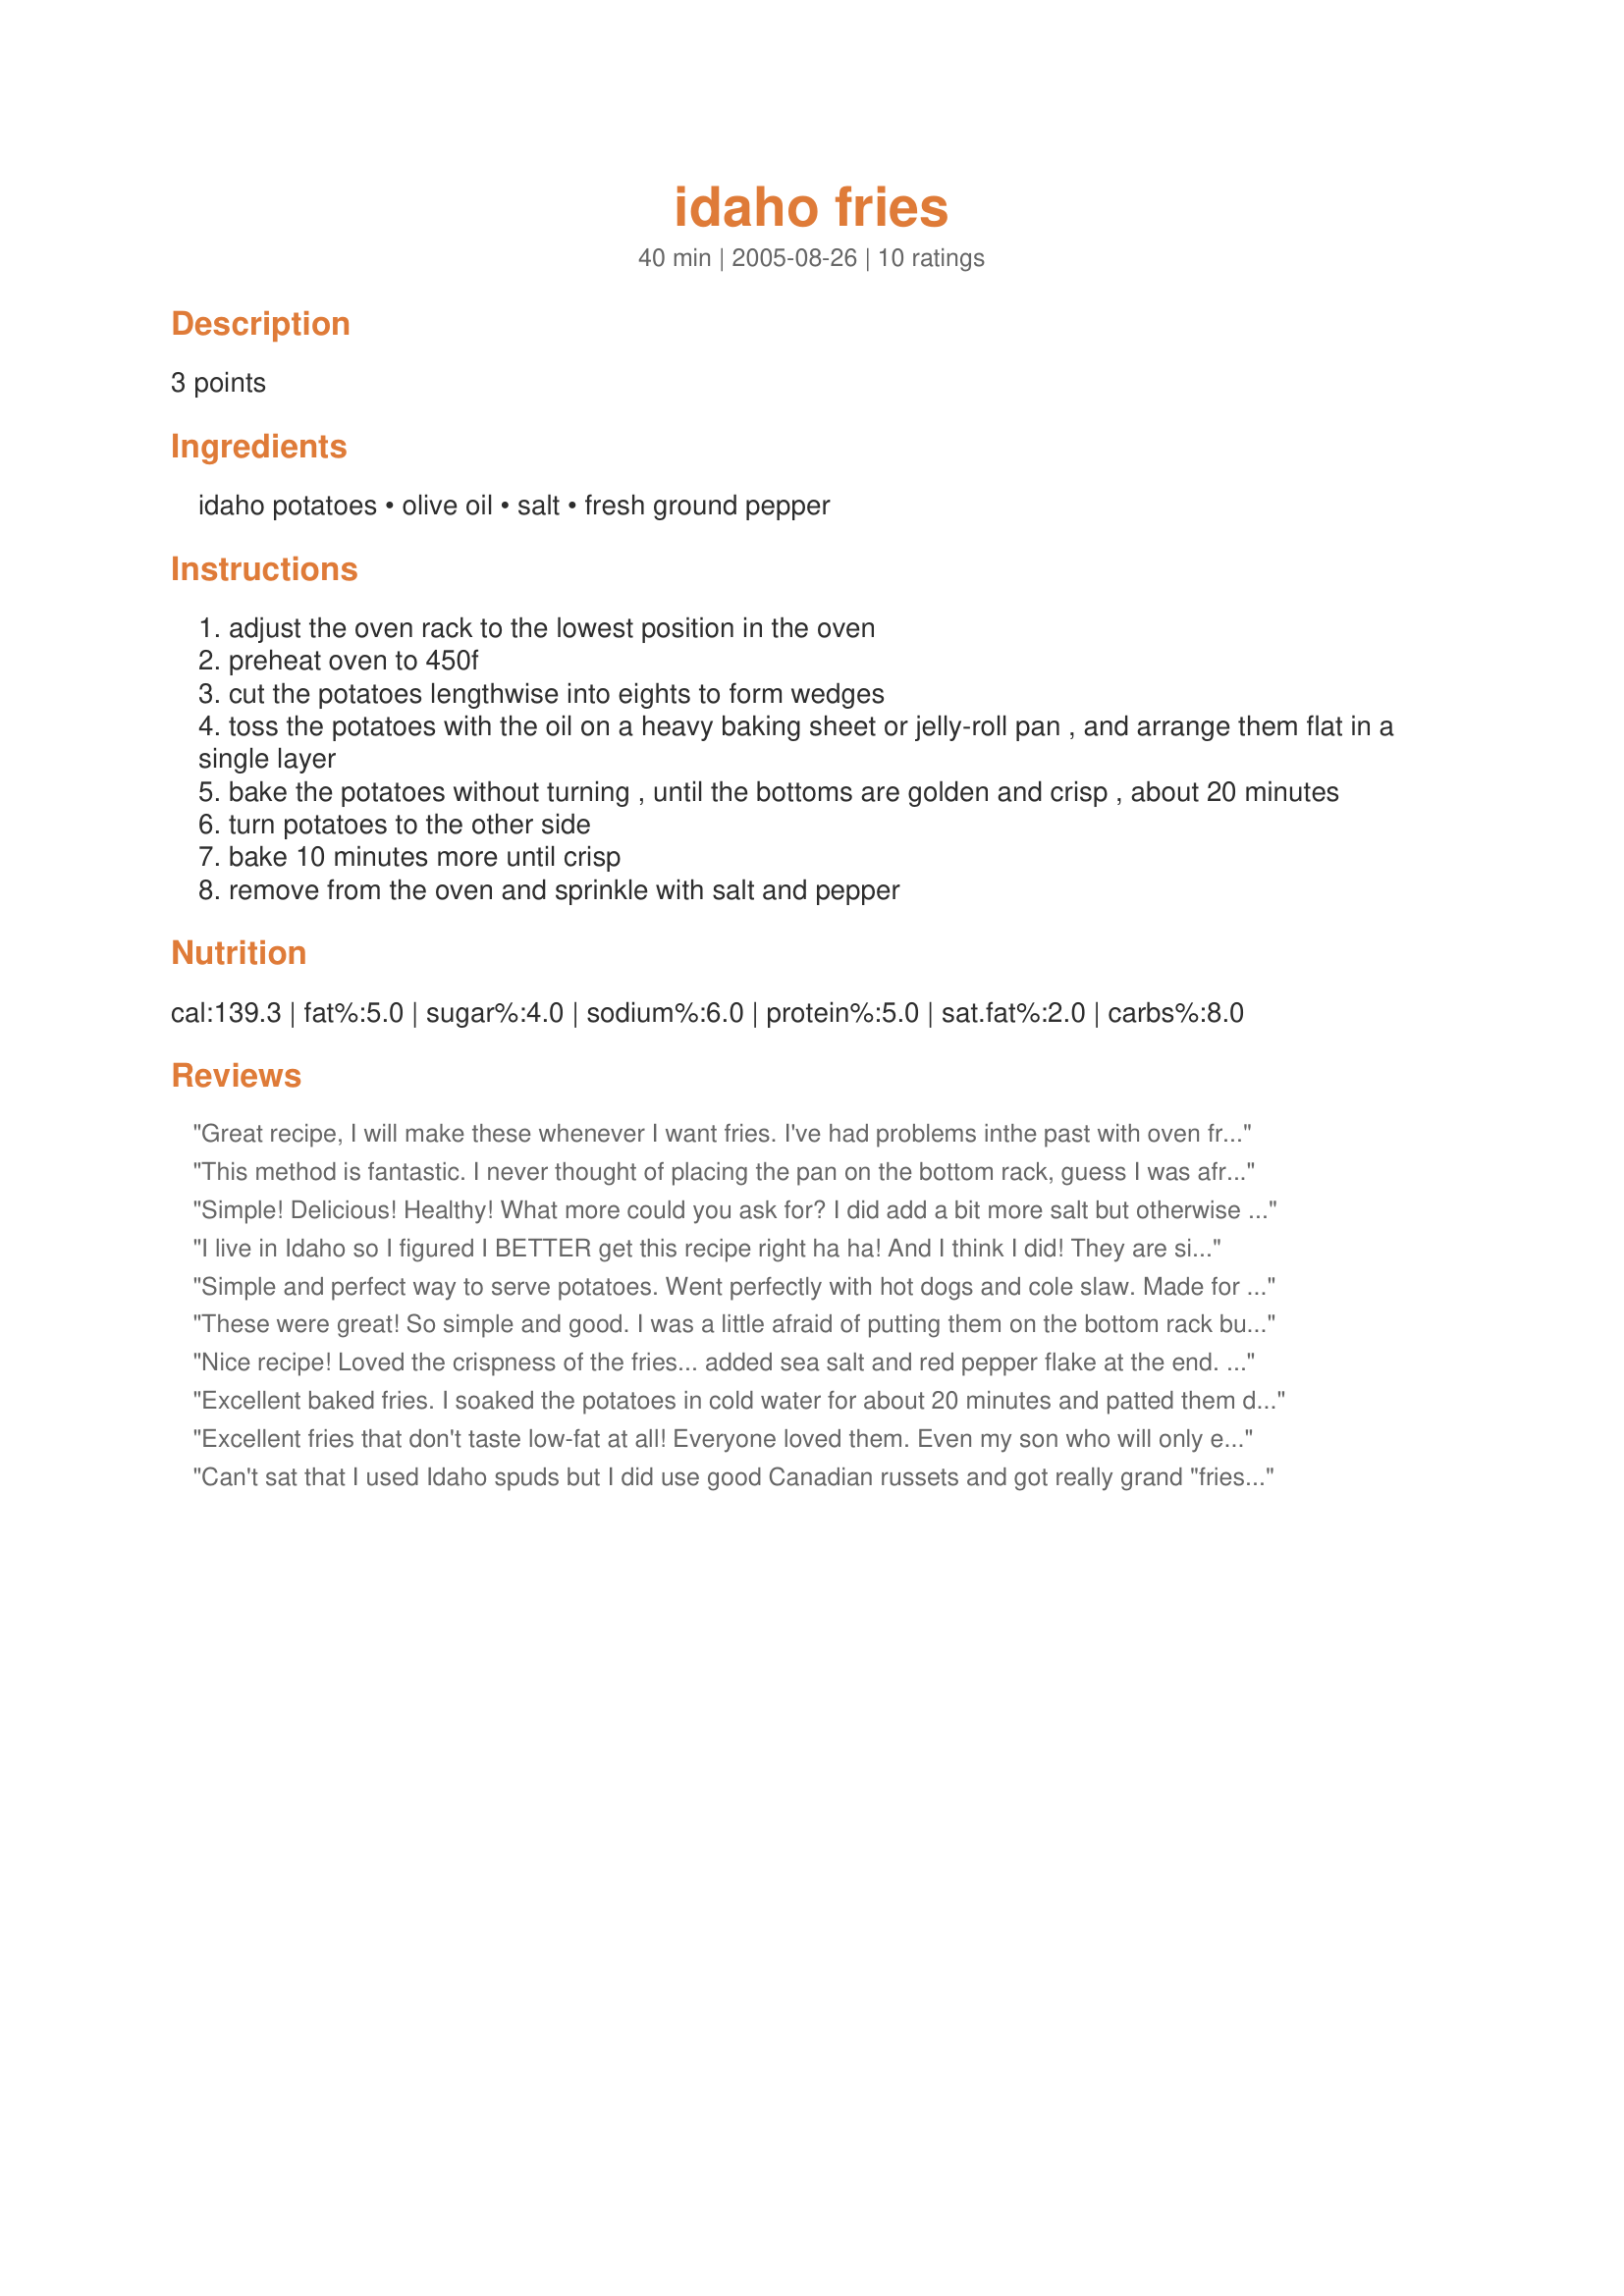
idaho fries
Preparation time: 40 minutes

3 points

Ingredients:
idaho potatoes, olive oil, salt, fresh ground pepper

Steps:
adjust the oven rack to the lowest position in the oven
preheat oven to 450f
cut the potatoes lengthwise into eights to form wedges
toss the potatoes with the oil on a heavy baking sheet or jelly-roll pan , and arrange them flat in a single layer
bake the potatoes without turning , until the bottoms are golden and crisp , about 20 minutes
turn potatoes to the other side
bake 10 minutes more until crisp
remove from the oven and sprinkle with salt and pepper

Reviews:
Great recipe, I will make these whenever I want fries. I've had problems inthe past with oven fries because to me they were more like a wedge of baked potato. I think your method of baking these are perfect, as was the amount of seasoning. I used another reviewer's suggestion and did spray the aluminum foil with cooking spray and the fries did not stick.
This method is fantastic. I never thought of placing the pan on the bottom rack, guess I was afraid of them burning. the fries were nice and crunchy. I will use this method often. Thanks.
Simple! Delicious! Healthy! What more could you ask for? I did add a bit more salt but otherwise followed the recipe as written. Don't forget to spray your cookie sheet with nonstick spray otherwise they'll stick like glue!
I live in Idaho so I figured I BETTER get this recipe right ha ha! And I think I did! They are simply awesome! I loved not having to peel the potatoes. I only used one potato, cut it into 8 equal parts (almost equal!) & followed the recipe pretty closely. Really crispy outside like I love. Hubby even compared them to the fries at "Big Juds"--an Idaho CLASSIC restaurant! It's a keeper & thank you for sharing!!!!
Simple and perfect way to serve potatoes. Went perfectly with hot dogs and cole slaw. Made for the US Forum Alphabet Tag.
These were great! So simple and good. I was a little afraid of putting them on the bottom rack but so glad that I tried it. They came out perfect - crispy on the outside and tender on the inside. Thanks Amber Dawn for a nice keeper. Made for Cookbook Tag.
Nice recipe! Loved the crispness of the fries... added sea salt and red pepper flake at the end. Thanks, Amber Dawn.
Excellent baked fries. I soaked the potatoes in cold water for about 20 minutes and patted them dry before proceeding with the recipe. The soaking prevents sticking (works for roasted wedges and whole potatoes too) and provides a crispy result. I oiled the pan very lightly too to prevent sticking.
Excellent fries that don't taste low-fat at all! Everyone loved them. Even my son who will only eat certain types of fries. These will definitely be being made a lot here from now on. Thanks for posting!!
Can't sat that I used Idaho spuds but I did use good Canadian russets and got really grand "fries". Sometimes you really want the good basic article and that's what you get here, a delicious, seasoned, recipe that lets you enjoy the taste of the potato. The perfect side for tonight's burgers. :D
